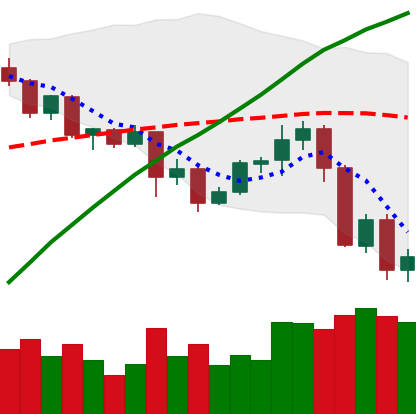
Ticker: ADA-USD
Chart end date: 2020-09-06
Forward return: 4.222%
Label: up_3_5